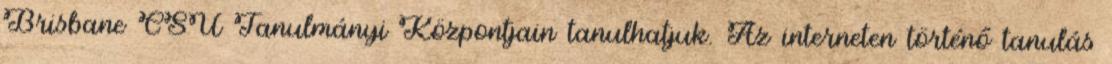
Brisbane CSU Tanulmányi Központjain tanulhatjuk. Az interneten történő tanulás